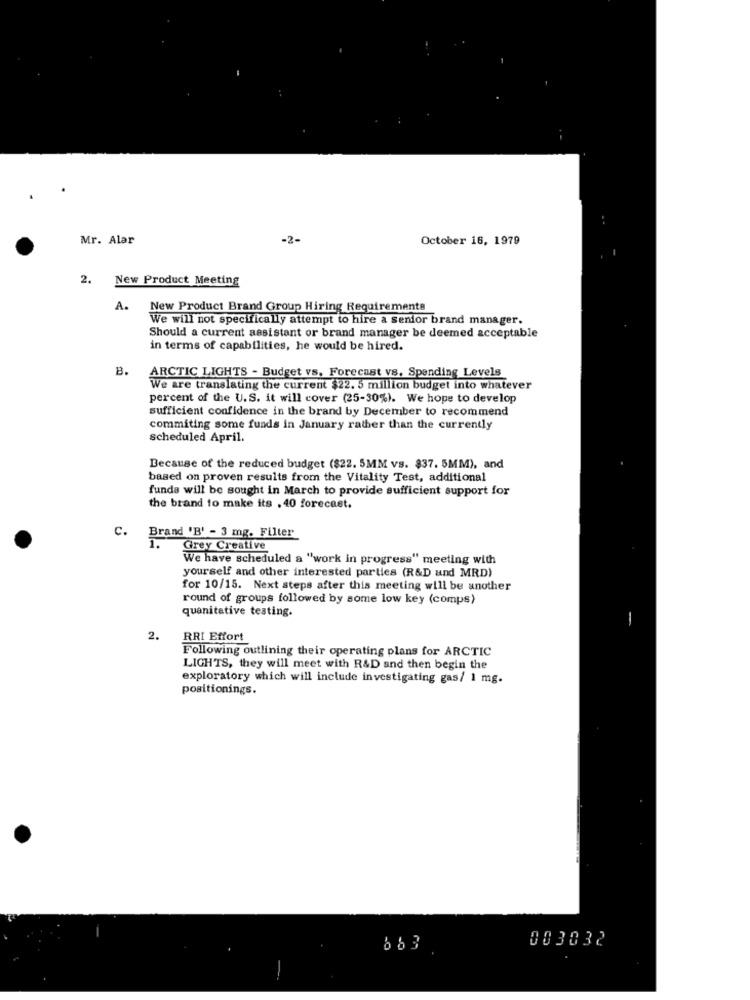
Mr. Alar
-2-
October 16, 1979
2. New Product Meeting
A.
New Product Brand Group Hiring Requirements
We will not specifically attempt to hire a senior brand manager.
Should a current assistant or brand manager be deemed acceptable
in terms of capabilities, he would be hired.
B.
ARCTIC LIGHTS - Budget vs. Forecast vs. Spending Levels
We are translating the current $22. 5 million budget into whatever
percent of the U.S. it will cover (25-30%). We hope to develop
sufficient confidence in the brand by December to recommend
commiting some funds in January rather than the currently
scheduled April.
Because of the reduced budget ($22. 5MM vs. $37. 5MM), and
based on proven results from the Vitality Test, additional
funds will be sought in March to provide sufficient support for
the brand to make its . 40 forecast.
c.
Brand 'B' - 3 mg. Filter
Grey Creative
We have scheduled a "work in progress" meeting with
yourself and other interested parties (R&D und MRD)
for 10/15. Next steps after this meeting will be another
round of groups followed by some low key (comps)
quanitative testing.
2.
RRI Effort
Following outlining their operating plans for ARCTIC
LIGHTS, they will meet with R&D and then begin the
exploratory which will include investigating gas/ 1 mg.
positionings.
003032
6 6 3